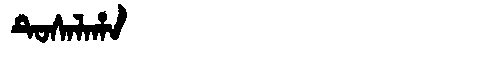
Manchu: ᡨᡠᠰᠠᠯᠠᡥᠠ
Romanization: TUSALAHA